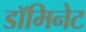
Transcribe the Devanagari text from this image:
डॉमिनेट